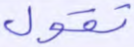
تقول